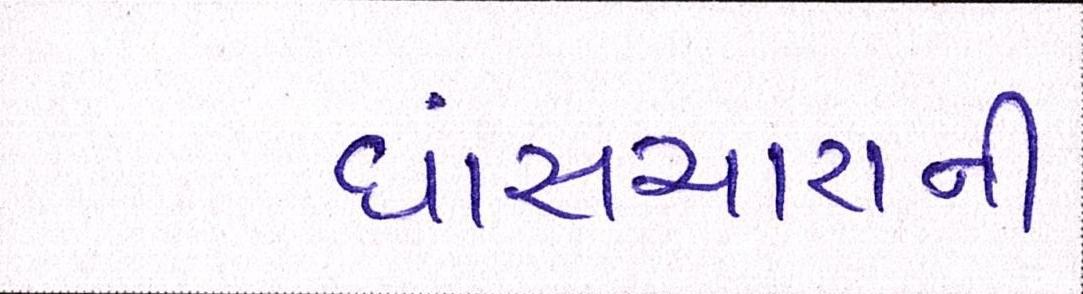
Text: ઘાંસચારાની